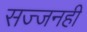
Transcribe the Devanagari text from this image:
सज्जनही